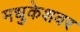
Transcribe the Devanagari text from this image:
मधुकेशवर